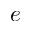
e